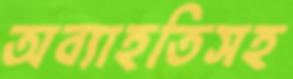
অব্যাহতিসহ